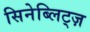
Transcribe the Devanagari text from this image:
सिनेब्लिट्ज़